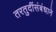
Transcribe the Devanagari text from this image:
तरतुदींसंबंधाने